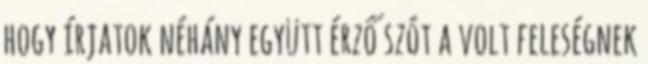
hogy írjatok néhány együtt érző szót a volt feleségnek